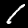
Label: 1